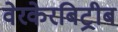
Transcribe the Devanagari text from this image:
वेरकेरबिट्रीब